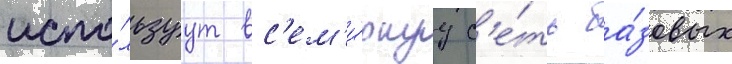
испо́льзуут вс'ем'и́рнуу с'е́ть ба́зовых